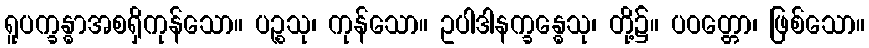
ရူပက္ခန္ဓာအစရှိကုန်သော။ ပဉ္စသု၊ ကုန်သော။ ဥပါဒါနက္ခန္ဓေသု၊ တို့၌။ ပဝတ္တော၊ ဖြစ်သော။